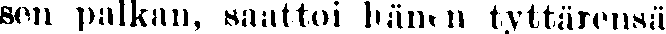
Sen palkan, saattoi hänen tyttärensä